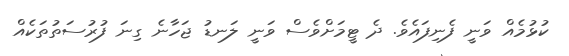
ކުޅުމެއް ވަނީ ފެނިފައެވެ. ދެ ޓީމަށްވެސް ވަނީ ލަނޑު ޖަހާނެ ގިނަ ފުރުސަތުތަކެއް